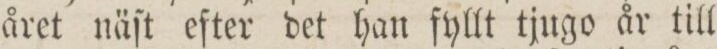
året näſt efter det han fyllt tjugo år till